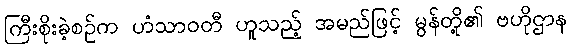
ကြီးစိုးခဲ့စဉ်က ဟံသာဝတီ ဟူသည့် အမည်ဖြင့် မွန်တို့၏ ဗဟိုဌာန